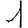
Digit: 1